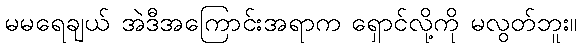
မမရေချယ် အဲဒီအကြောင်းအရာက ရှောင်လို့ကို မလွတ်ဘူး။